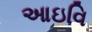
આઇવિ